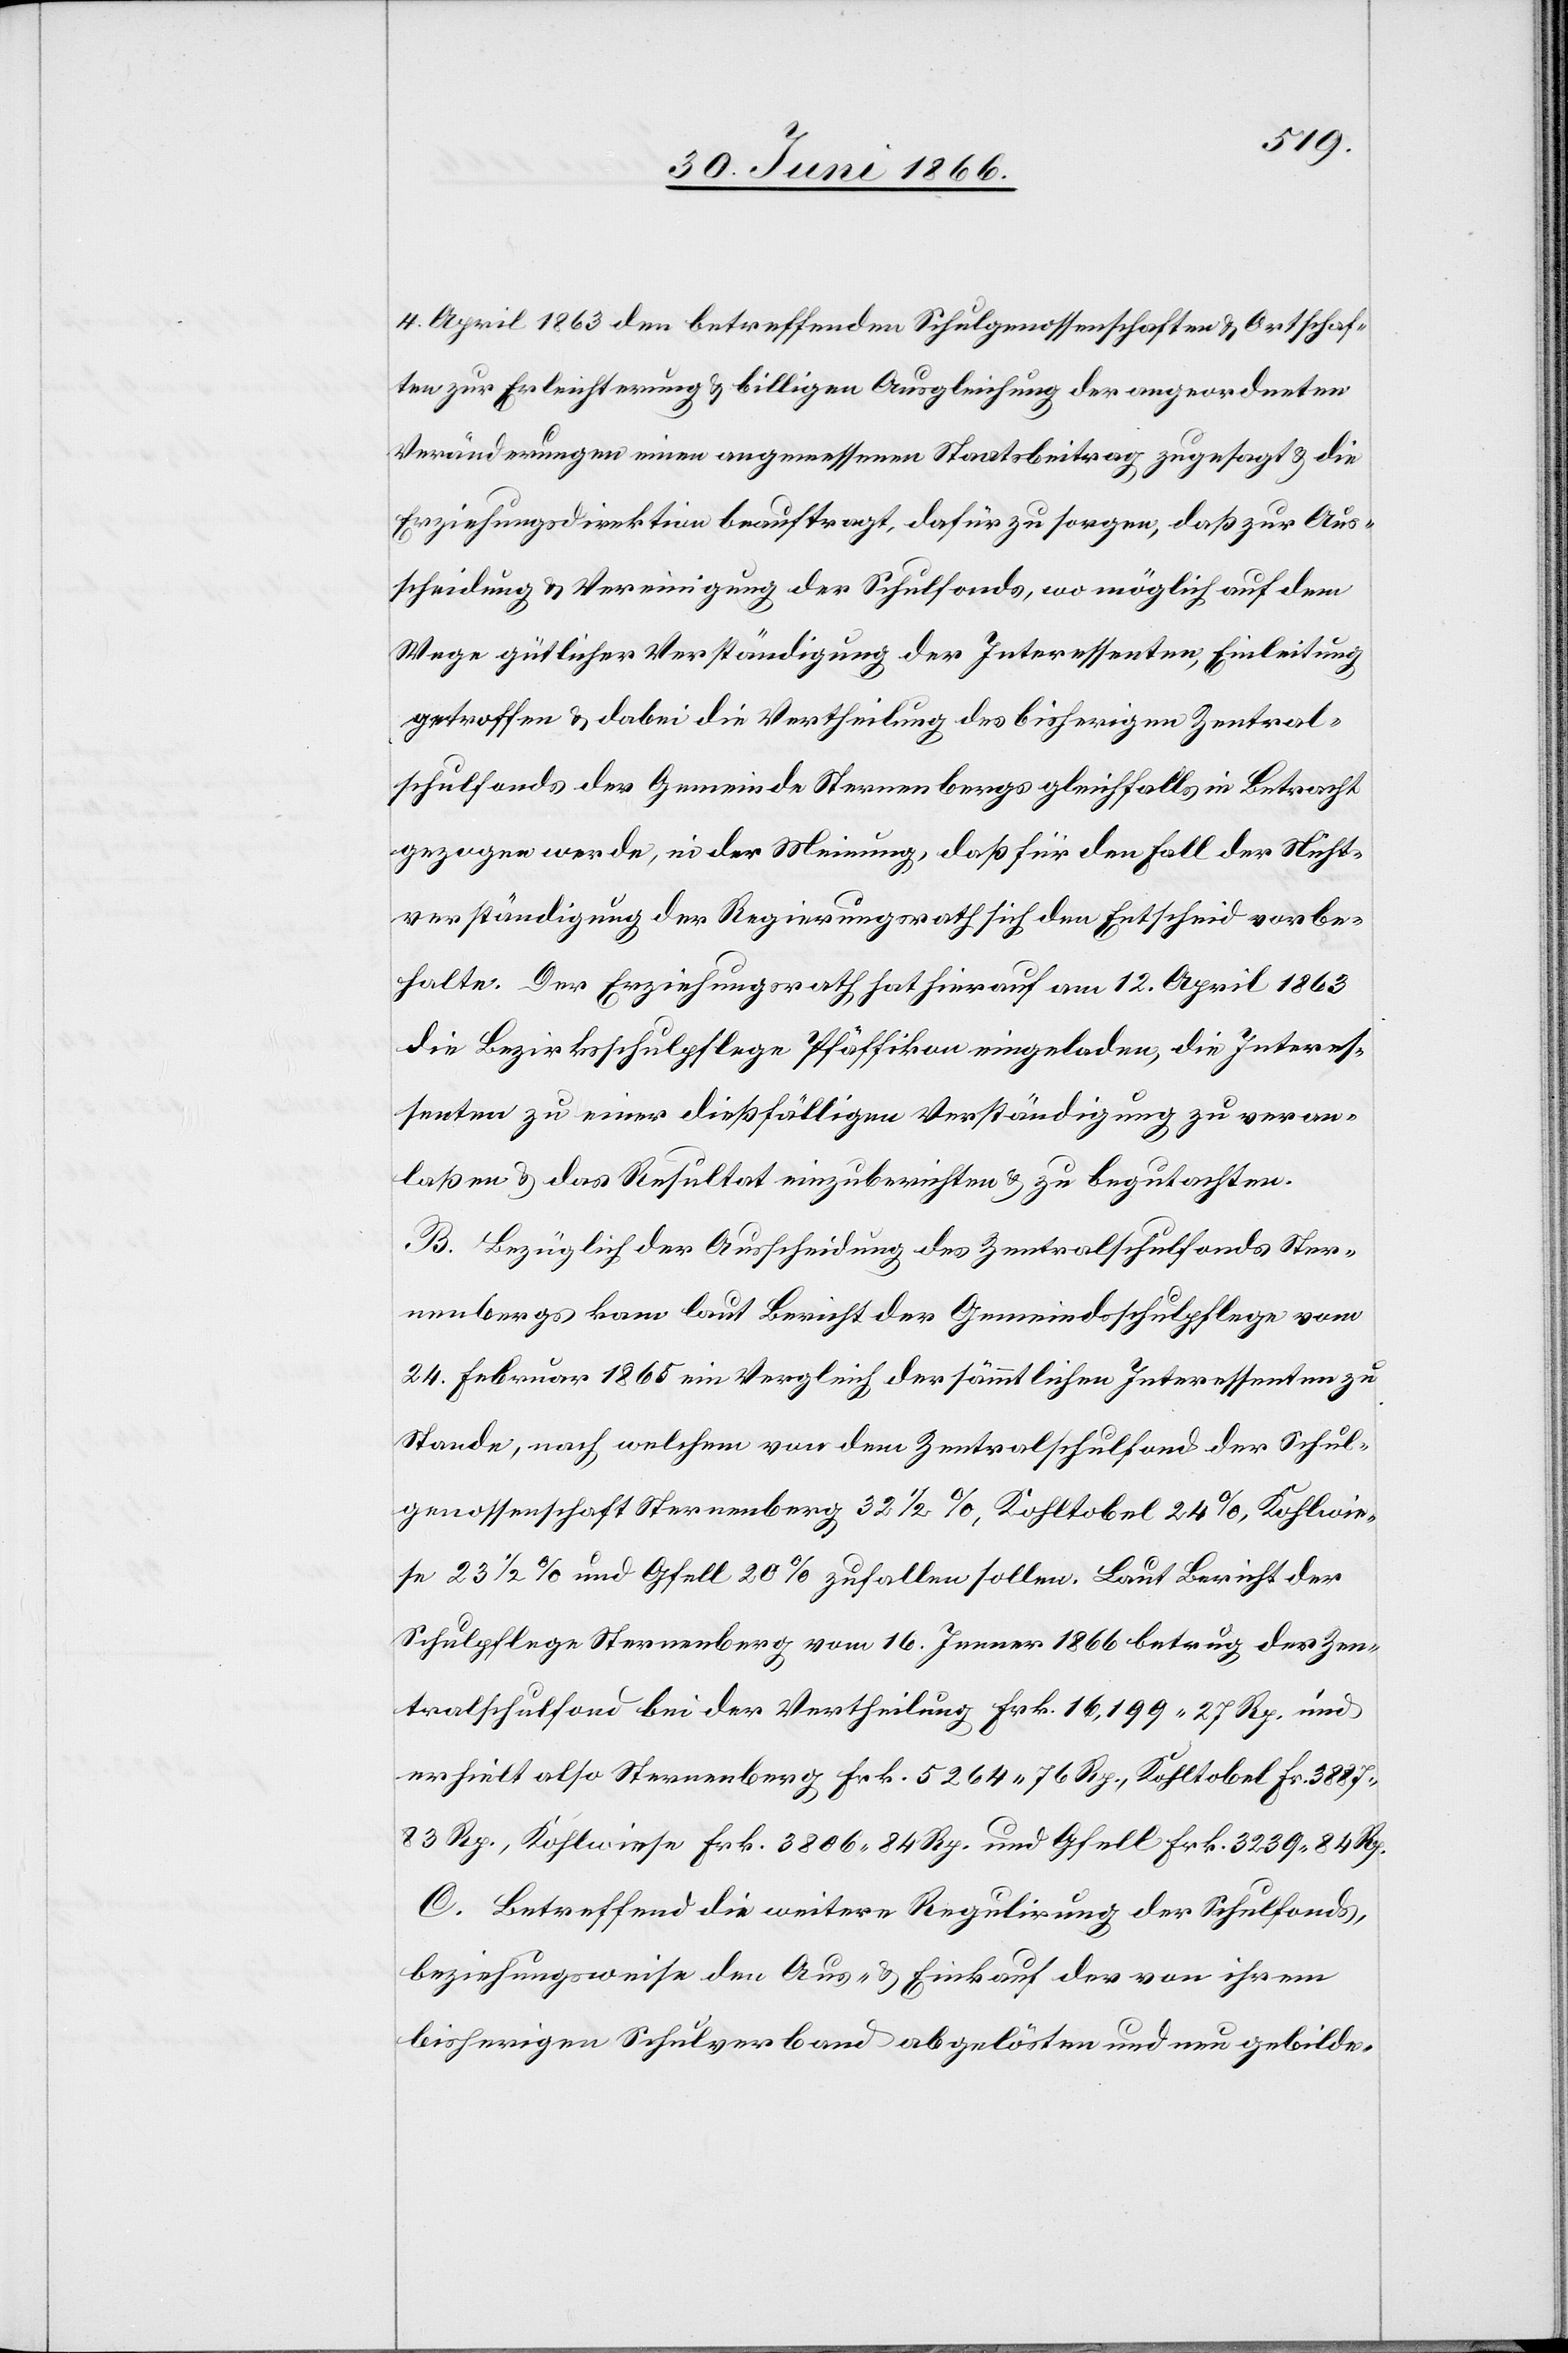
4. April 1863 den betreffenden Schulgenossenschaften u. Ortschaf¬
ten zur Erleichterung u. billiger Ausgleichung der angeordneten
Veränderungen einen angemessenen Staatsbeitrag zugesagt u. die
Erziehungsdirektion beauftragt, dafür zu sorgen, daß zur Aus¬
scheidung u. Vereinigung der Schulfonds, wo möglich auf dem
Wege gütlicher Verständigung der Interessenten, Einleitung
getroffen u. dabei die Vertheilung des bisherigen Zentral¬
schulfonds der Gemeinde Sternenbergs [sic!] gleichfalls in Betracht
gezogen werde, in der Meinung, daß für den Fall der Nicht¬
verständigung der Regierungsrath sich den Entscheid vorbe¬
halte. Der Erziehungsrath hat hierauf am 12. April 1863
die Bezirksschulpflege Pfäffikon eingeladen, die Interes¬
senten zu einer dießfälligen Verständigung zu veran¬
laßen u. das Resultat einzuberichten u. zu begutachten.
B. Bezüglich der Ausscheidung des Zentralschulfonds Ster¬
nenbergs kam laut Bericht der Gemeindsschulfpflege vom
24. Februar 1865 ein Vergleich der sämmtlichen Interessenten zu
Stande, nach welchem von dem Zentralschulfond der Schul¬
genossenschaft Sternenberg 32 ½ %, Kohltobel 24 %, Kohlwie¬
se 23 ½ % und Gfell 20 % zufallen sollen. Laut Bericht der
Schulpflege Sternenberg vom 16. Jenner 1866 betrug der Zen¬
tralschulfond bei der Vertheilung Frk. 16 199. 27 Rp. und
erhielt also Sternenberg Frk. 5285. 76 Rp., Kohltobel Fr. 3887.
83 Rp., Kohlwiese Frk. 3806. 84 Rp. und Gfell 3239. 84 Rp.
C. Betreffend die weitere Regulirung der Schulfonds,
beziehungsweise den Aus- u. Einkauf der von ihrem
bisherigen Schulverband abgelösten und neu gebilde-